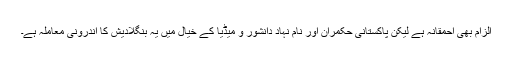
الزام بھی احمقانہ ہے لیکن پاکستانی حکمران اور نام نہاد دانشور و میڈیا کے خیال میں یہ بنگلادیش کا اندرونی معاملہ ہے۔